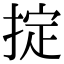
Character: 掟